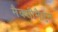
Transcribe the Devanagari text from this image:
मैक्सीमैएन